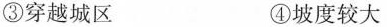
③穿越城区 ④坡度较大